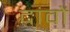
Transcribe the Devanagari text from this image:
दांवों